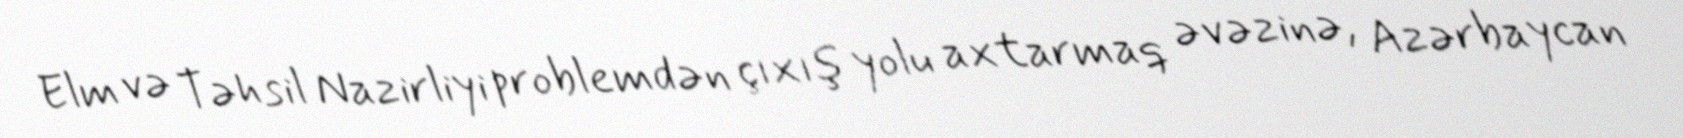
Elm və Təhsil Nazirliyi problemdən çıxış yolu axtarmaq əvəzinə, Azərbaycan